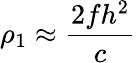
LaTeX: \rho_{1}\approx{\frac{2fh^{2}}{c}}